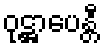
ဝုဋ္ဌာပေန္တီ